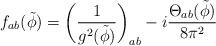
LaTeX: \begin{align*}f_{ab}({\tilde \phi})= \left( \frac{1}{g^{2}({\tilde \phi})} \right)_{ab}- i \frac{{\Theta}_{ab}({\tilde \phi})}{8{\pi}^{2}}\end{align*}